Vaccination North-Western Provinces and Oudh 1896-1901 - 1896-1901
Year: 1896
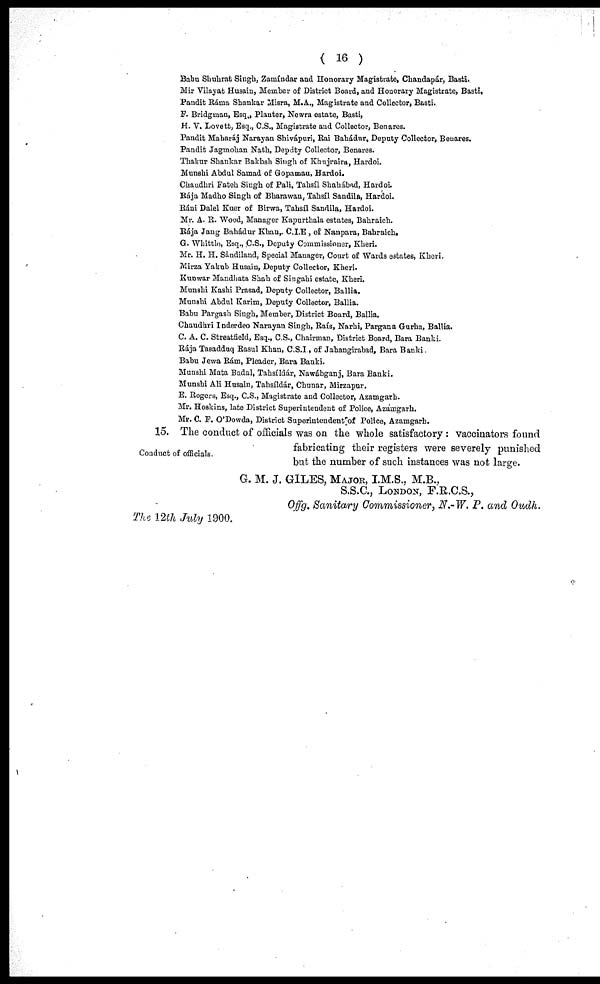
( 16 )
Babu Shuhrat Singh, Zamíndar and Honorary Magistrate, Chandapár, Basti.
Mir Vilayat Husain, Member of District Board, and Honorary Magistrate, Basti,
Pandit Ráma Shankar Misra, M.A., Magistrate and Collector, Basti.
F. Bridgman, Esq., Planter, Newra estate, Basti,
H. V. Lovett, Esq., C.S., Magistrate and Collector, Benares.
Pandit Maharáj Narayan Shivápuri, Rai Bahádur, Deputy Collector, Benares.
Pandit Jagmohan Nath, Deputy Collector, Benares.
Thakur Shankar Bakhsli Singh of Khujraira, Hardoi.
Munshi Abdul Samad of Gopamau, Hardoi.
Chaudhri Fateh Singh of Pali, Tahsíl Shahábad, Hardoi.
Rája Madho Singh of Bharawan, Tahsíl Sandila, Hardoi.
Ráni Dalel Kuer of Birwa, Tahsíl Sandila, Hardoi.
Mr. A. R. Wood, Manager Kapurthala estates, Bahraich.
Rája Jang Bahádur Khan,. C.I.E , of Nanpara, Bahraich.
G. Whittle, Esq., C.S., Deputy Commissioner, Kheri.
Mr. H. H. Sàndiland, Special Manager, Court of Wards estates, Khori.
Mirza Yakub Husain, Deputy Collector, Kheri.
Kunwar Mandhata Shah of Singahi estate, Kheri.
Munshi Kashi Prasad, Deputy Collector, Ballia.
Munshi Abdul Karim, Deputy Collector, Ballia.
Babu Pargash Singh, Member, District Board, Ballia.
Chaudhri Inderdeo Narayan Singh, Raís, Narhi, Pargana Gurha, Ballia.
C. A. C. Streatfield, Esq., C.S., Chairman, District Board, Bara Banki.
Rája Tasadduq Rasul Khan, C.S.I, of Jahangirabad, Bara Banki.
Babu Jewa Rám, Pleader, Bara Banki.
Munshi Mata Badal, Tahsíldár, Nawábganj, Bara Banki.
Munshi Ali Husain, Tahsíldár, Chunar, Mirzapur.
E. Rogers, Esq., C.S., Magistrate and Collector, Azamgarh.
Mr. Hoskins, late District Superintendent of Police, Azamgarh.
Mr. C. F. O'Dowda, District Superintendent of Police, Azamgarh.
Conduct of officials.
15. The conduct of officials was on the whole satisfactory : vaccinators found
fabricating their registers were severely punished
but the number of such instances was not large.
G. M. J. GILES, MAJOR, I.M.S., M.B.,
S.S.C., LONDON, F.R.C.S.,
Offg. Sanitary Commissioner, N.-W. P. and Oudh.
The 12th July 1900.